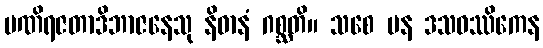
မဏိရဇတာဒိဘာဇနေသု နိဓာနံ ဂစ္ဆတိ။ သစေ ပန ဒသဝဿိကေန